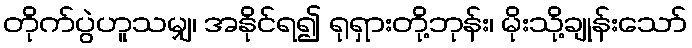
တိုက်ပွဲဟူသမျှ၊ အနိုင်ရ၍ ရုရှားတို့ဘုန်း၊ မိုးသို့ချုန်းသော်